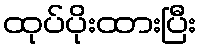
ထုပ်ပိုးထားပြီး